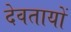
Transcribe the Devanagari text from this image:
देवतायों